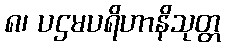
၈၊ ပဌမပရိဟာနိသုတ္တ